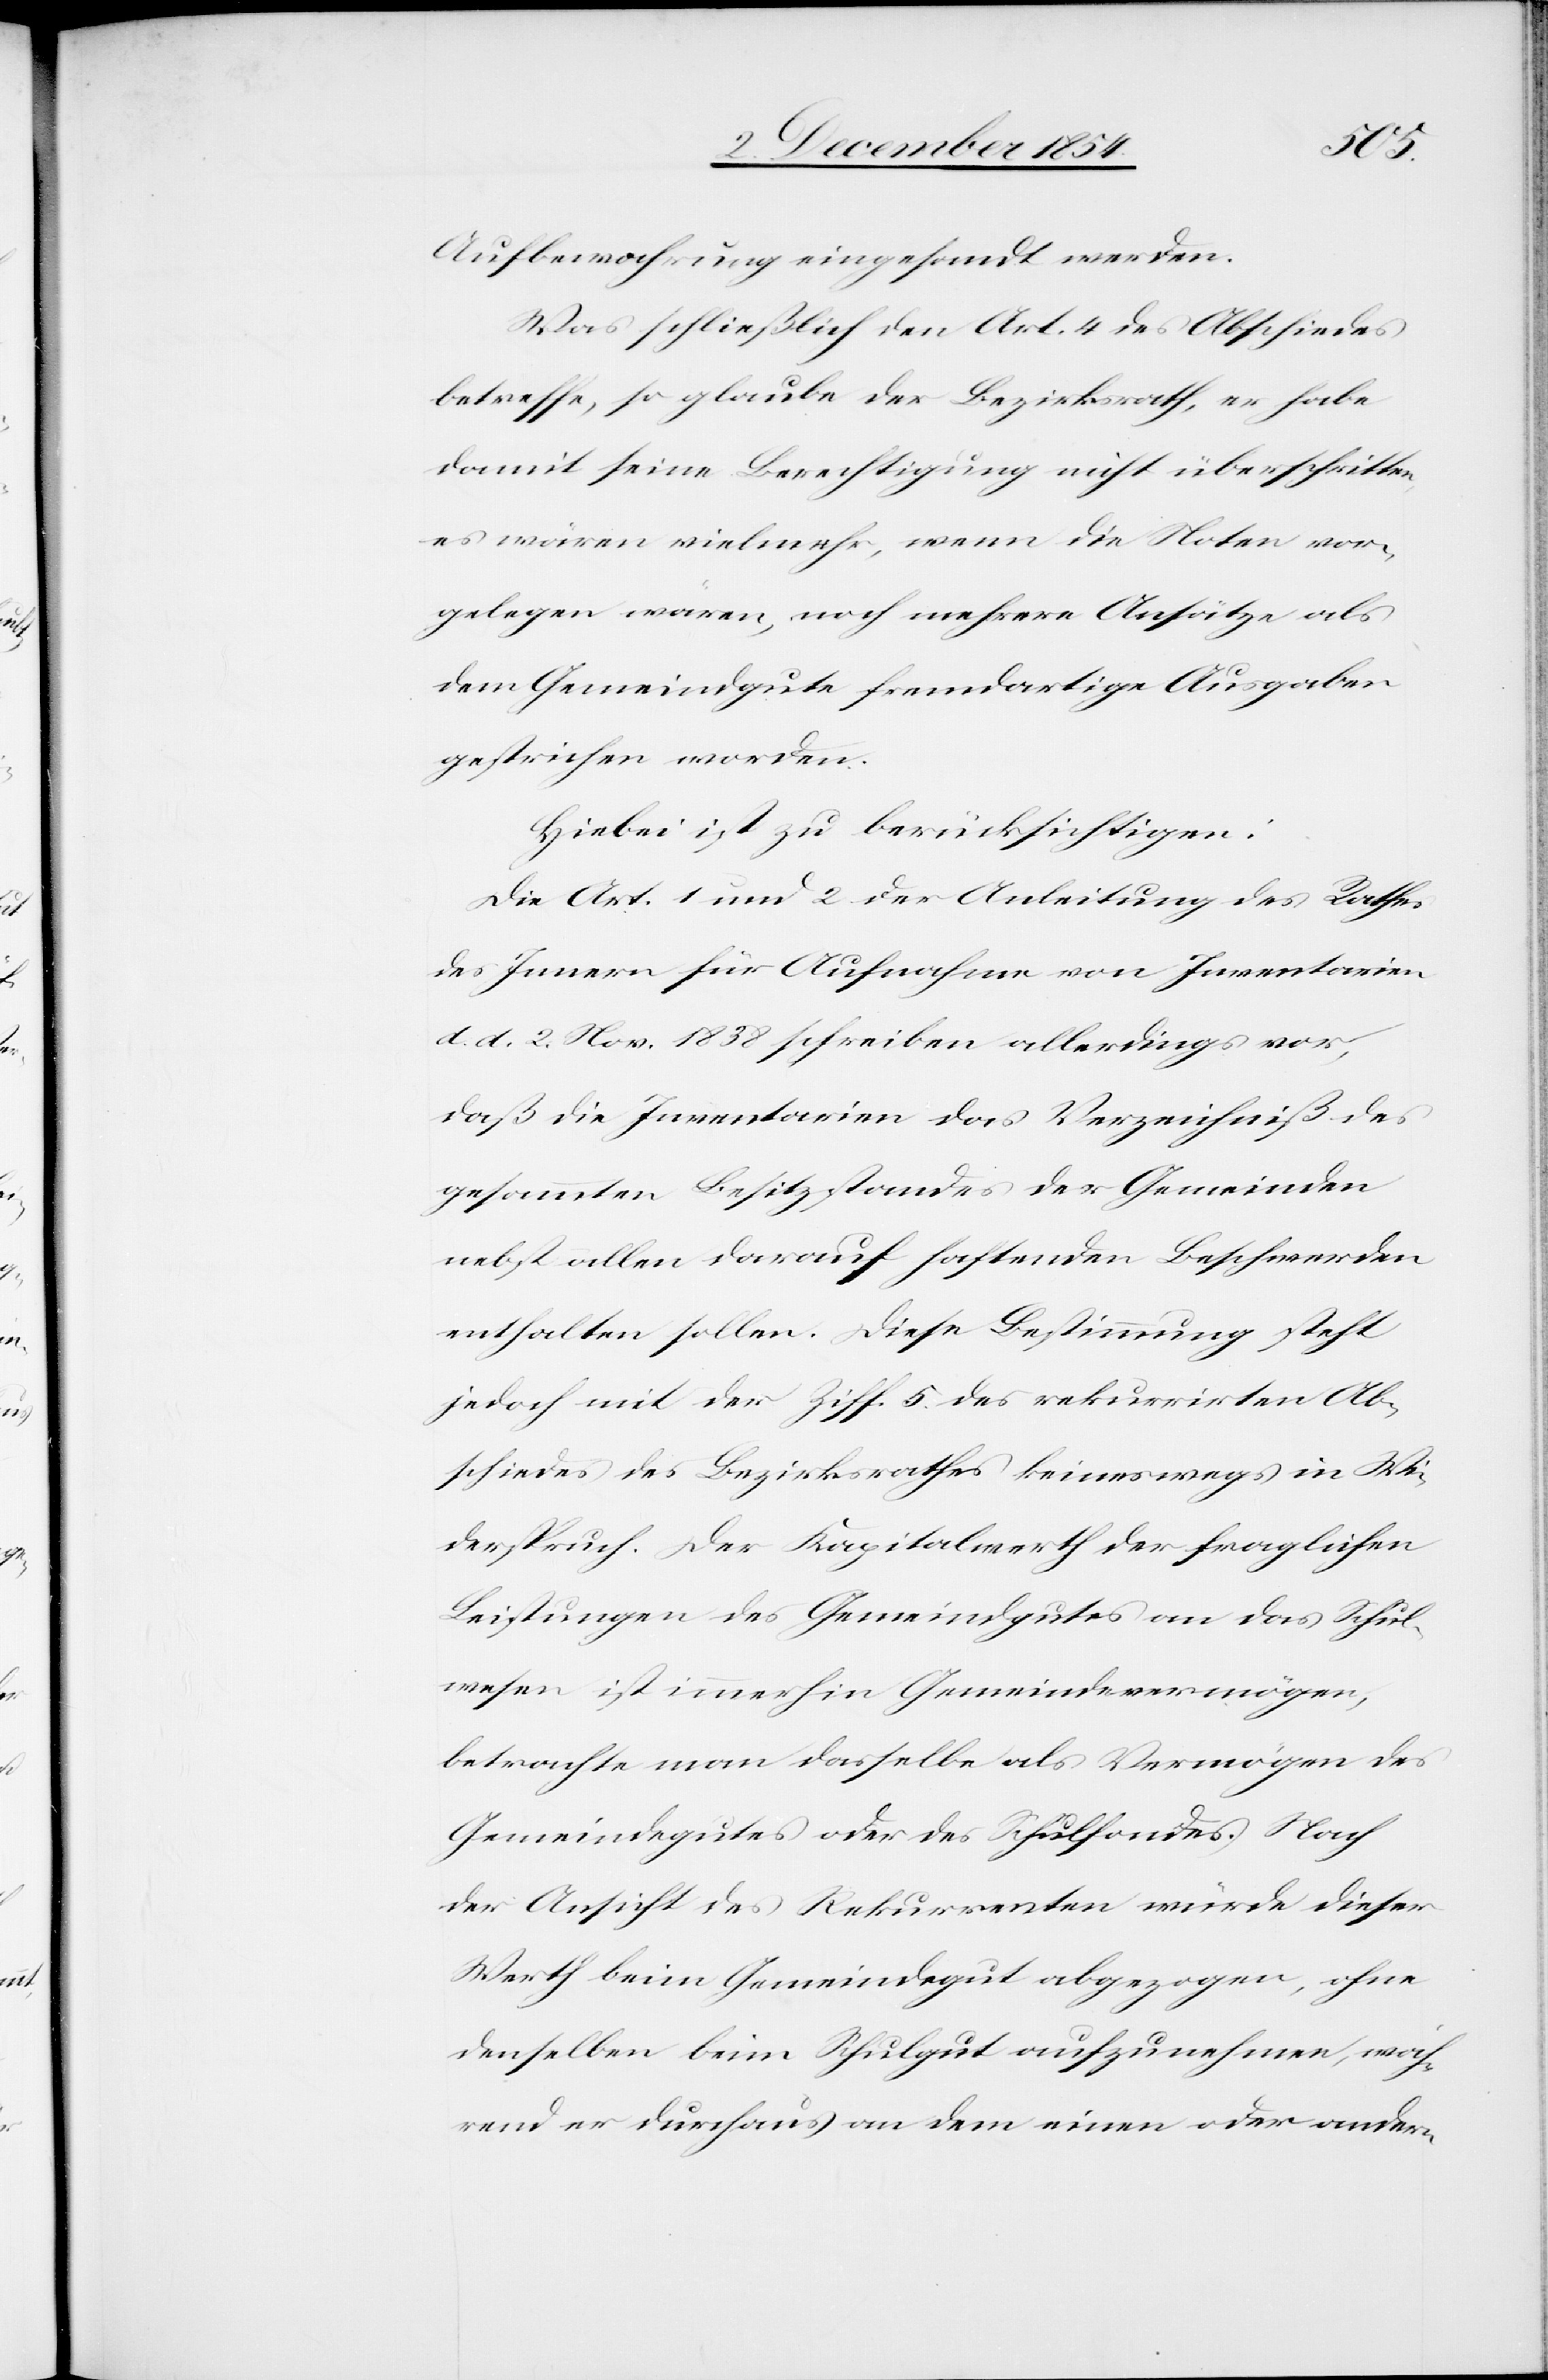
Aufbewahrung eingesandt werden.
Was schließlich den Art. 4 des Abschiedes
betreffe, so glaube der Bezirksrath, er habe
damit seine Berechtigung nicht überschritten,
es wären vielmehr, wenn die Noten vor¬
gelegen wären, noch mehrere Ansätze als
dem Gemeindgute fremdartige Ausgaben
gestrichen worden.
Hiebei ist zu berücksichtigen:
Die Art. 1 und 2 der Anleitung des Rathes
des Innern für Aufnahme von Inventarien
d. d. 2. Nov. 1838 schreiben allerdings vor,
daß die Inventarien das Verzeichniß des
gesammten Besitzstandes der Gemeinden
nebst allen darauf haftenden Beschwerden
enthalten sollen. Diese Bestimmung steht
jedoch mit der Ziff. 5 des rekurrirten Ab¬
schiedes des Bezirksrathes keineswegs in Wi¬
derspruch. Der Kapitalwerth der fraglichen
Leistungen des Gemeindgutes an das Schul¬
wesen ist immerhin Gemeindevermögen,
betrachte man dasselbe als Vermögen des
Gemeindegutes oder des Schulfondes. Nach
der Ansicht des Rekurrenten würde dieser
Werth beim Gemeindegut abgezogen, ohne
denselben beim Schulgut aufzunehmen, wäh¬
rend er durchaus an dem einen oder andern